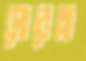
সোরেল্লা